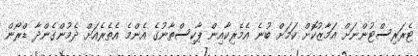
ޓެރަރިސްޓުންނަށް އަމާޒުކޮށް ކަމަށް ބުނެ އެމެރިކާއިން ޕާކިސްތާނުގެ އެންމެ އެތެރެއަށް ދެމުންގެންދާ ޑްރޯން